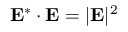
\mathbf { E ^ { * } \cdot E } = | \mathbf { E } | ^ { 2 }